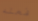
فعله